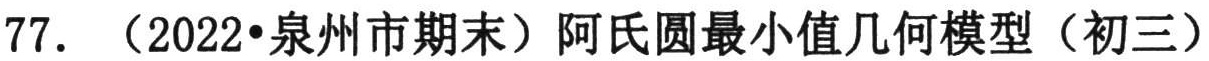
77. （2022•泉州市期末）阿氏圆最小值几何模型（初三）